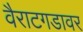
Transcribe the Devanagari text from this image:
वैराटगडावर